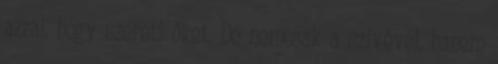
azzal, hogy szereti őket. De nemcsak a szívével, hanem